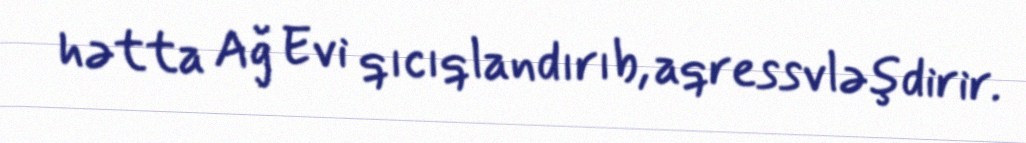
hətta Ağ Evi qıcıqlandırıb, aqressvləşdirir.